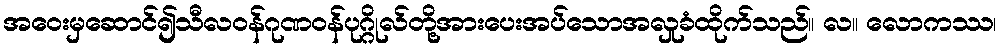
အဝေးမှဆောင်၍သီလဝန်ဂုဏဝန်ပုဂ္ဂိုလ်တို့အားပေးအပ်သောအလှုခံထိုက်သည်။ လ။ လောကဿ၊